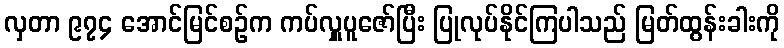
လှတာ ၉၇၄ အောင်မြင်စဉ်က ကပ်လှူပူဇော်ပြီး ပြုလုပ်နိုင်ကြပါသည် မြတ်ထွန်းခါးကို